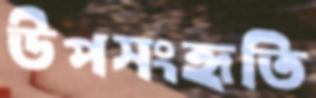
উপসংহৃতি